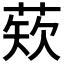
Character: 𫈫